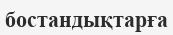
бостандықтарға